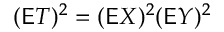
( \mathsf E T ) ^ { 2 } = ( \mathsf E X ) ^ { 2 } ( \mathsf E Y ) ^ { 2 }